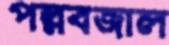
পল্লবজাল